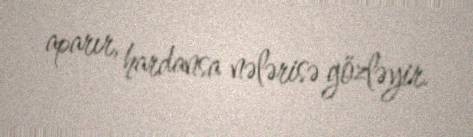
aparır, hardansa nələrisə gözləyir.